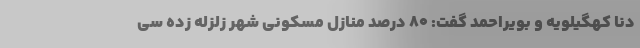
دنا کهگیلویه و بویراحمد گفت: ۸۰ درصد منازل مسکونی شهر زلزله زده سی